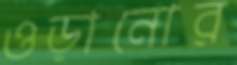
ওড়ানোর